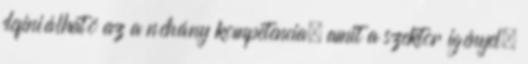
definiálható az a néhány kompetencia, amit a szektor igényel,